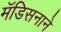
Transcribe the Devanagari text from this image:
मॅडिसनाने